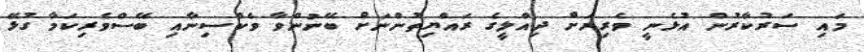
މައި ސަރުކާރުން އުޅެނީ ވެރިރަށް ދިއްލީގެ ރައްޔިތުންނަށް ބޭނުންވާ ވެކްސިނާއި ބޭސްވެރިކަމާ ގުޅޭ